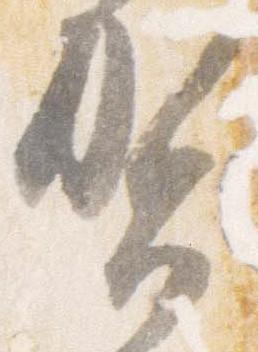
賀